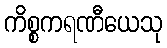
ကိစ္စကရဏီယေသု